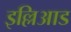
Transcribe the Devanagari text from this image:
इल्लिआड